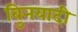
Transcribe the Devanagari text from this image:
बुिनयादी